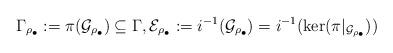
LaTeX: \begin{align*}\Gamma_{\rho_{\bullet}} := \pi (\mathcal{G}_{\rho_{\bullet}}) \subseteq \Gamma, \mathcal{E}_{\rho_{\bullet}}:=i^{-1}(\mathcal{G}_{\rho_{\bullet}}) = i^{-1}(\ker(\pi|_{\mathcal{G}_{\rho_{\bullet}}}))\end{align*}